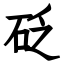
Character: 砭